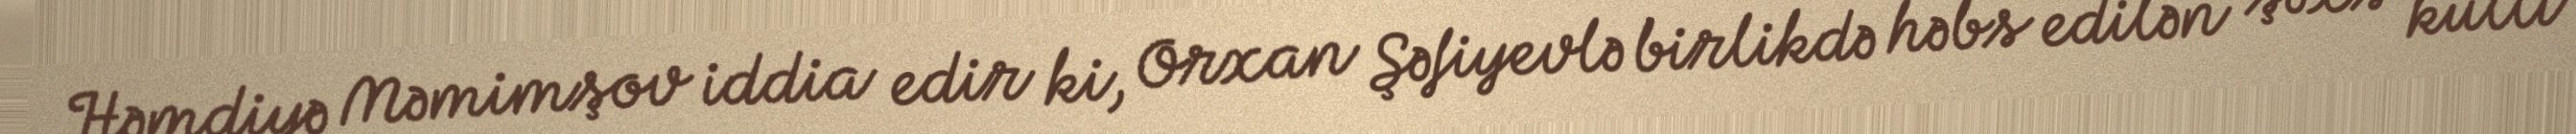
Həmdiyə Məmimşov iddia edir ki, Orxan Şəfiyevlə birlikdə həbs edilən şəxs külli